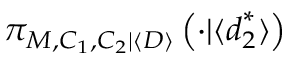
\pi _ { M , C _ { 1 } , C _ { 2 } | \langle \boldsymbol { D } \rangle } \left( \cdot | \langle \boldsymbol { d } _ { 2 } ^ { * } \rangle \right)